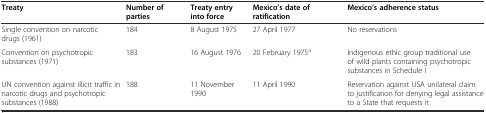
<table><thead><tr><td><b>Treaty</b></td><td><b>Number of parties</b></td><td><b>Treaty entry into force</b></td><td><b>Mexico’s date of ratification</b></td><td><b>Mexico’s adherence status</b></td></tr></thead><tbody><tr><td>Single convention on narcotic drugs (1961)</td><td>184</td><td>8 August 1975</td><td>27 April 1977</td><td>No reservations</td></tr><tr><td>Convention on psychotropic substances (1971)</td><td>183</td><td>16 August 1976</td><td>20 February 1975<sup>a</sup></td><td>Indigenous ethic group traditional use of wild plants containing psychotropic substances in Schedule I</td></tr><tr><td>UN convention against illicit traffic in narcotic drugs and psychotropic substances (1988)</td><td>188</td><td>11 November 1990</td><td>11 April 1990</td><td>Reservation against USA unilateral claim to justification for denying legal assistance to a State that requests it</td></tr></tbody></table>